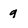
Character: q